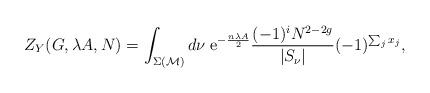
LaTeX: \begin{align*}Z_Y (G,\lambda A, N) = \int_{\Sigma ({\cal M})} d \nu\; {\rm e}^{- \frac{n \lambda A}{2} }\frac{(-1)^{i} N^{2 -2 g}}{ |S_\nu |}(-1)^{\sum_{j}x_j },\end{align*}